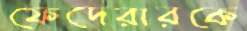
ফেদেরারকে